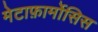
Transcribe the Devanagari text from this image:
मेटाफ़ार्मोसिस